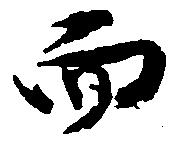
而